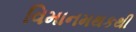
વિમાનમથકથી